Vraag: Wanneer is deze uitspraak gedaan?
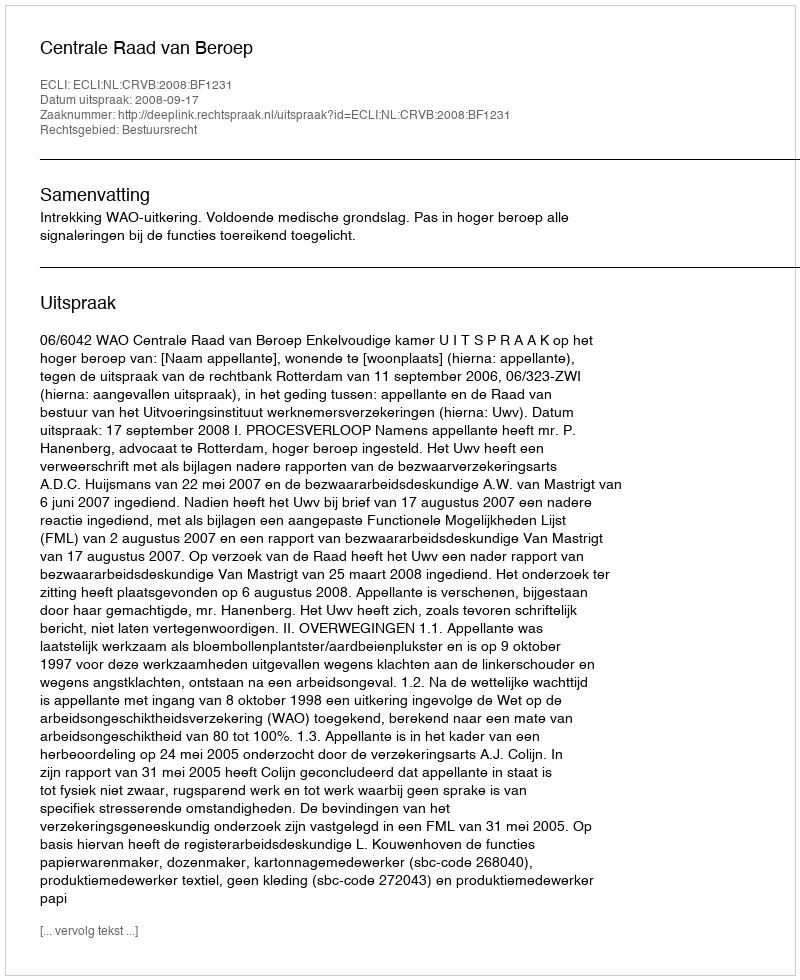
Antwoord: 2008-09-17